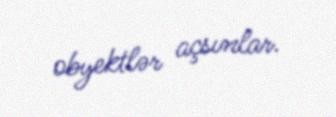
obyektlər açsınlar.